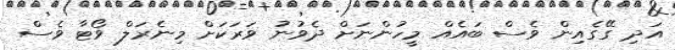
އަދި ގޭގެއިން ވެސް ބައެއް މީހުންނަށް ދެވުނު ވަރަކަށް މިނެރަލް ވޯޓާ ވެސް